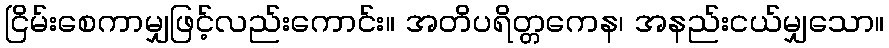
ငြိမ်းစေကာမျှဖြင့်လည်းကောင်း။ အတိပရိတ္တကေန၊ အနည်းငယ်မျှသော။